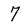
Character: 7